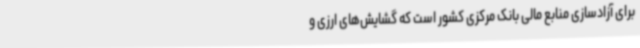
برای آزادسازی منابع مالی بانک مرکزی کشور است که گشایش‌های ارزی و